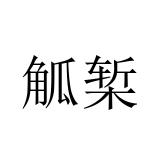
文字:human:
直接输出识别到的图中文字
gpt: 觚椠